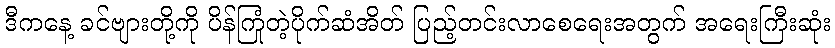
ဒီကနေ့ ခင်ဗျားတို့ကို ပိန်ကြုံတဲ့ပိုက်ဆံအိတ် ပြည့်တင်းလာစေရေးအတွက် အရေးကြီးဆုံး